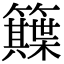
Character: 𥷕